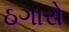
ઠગારો